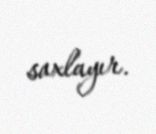
saxlayır.